Document type: Barter
Year: 1304
Scribe: Pere Pometa
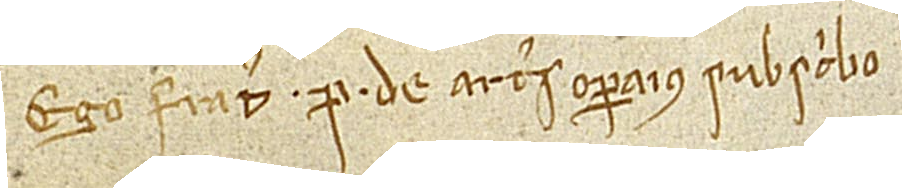
Ego frater P. de Arters, operarius, subscribo.